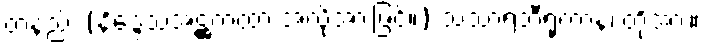
တနည်း (နိဒ္ဒေသအဋ္ဌကထာ အလိုအားဖြင့်။) သံသာရဘီရုကာနံ၊ တို့အား။